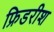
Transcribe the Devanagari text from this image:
फ्रिडरीश